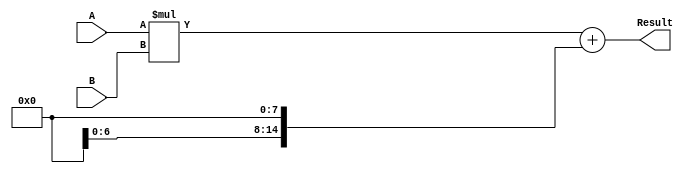
module CarrySaveMultiplier(
    input [7:0] A,
    input [7:0] B,
    output [15:0] Result
);

wire [15:0] intermediate_result;
wire [7:0] C;

assign {C[7], intermediate_result[15:0]} = A * B;

assign Result = intermediate_result + (C << 8);

endmodule